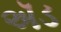
ઍડ